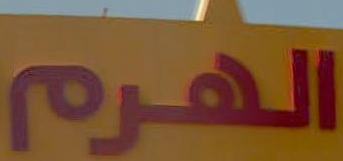
الهرم